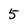
Character: 5